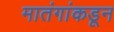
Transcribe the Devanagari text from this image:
मातंगांकडून